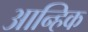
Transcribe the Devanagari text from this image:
आन्हिक